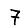
Digit: 7